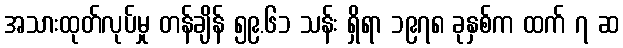
အသားထုတ်လုပ်မှု တန်ချိန် ၅၉.၆၁ သန်း ရှိရာ ၁၉၇၈ ခုနှစ်က ထက် ၇ ဆ